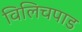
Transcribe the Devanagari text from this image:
विलिचपाड